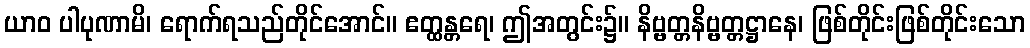
ယာဝ ပါပုဏာမိ၊ ရောက်ရသည်တိုင်အောင်။ ဧတ္ထန္တရေ၊ ဤအတွင်း၌။ နိဗ္ဗတ္တနိဗ္ဗတ္တဋ္ဌာနေ၊ ဖြစ်တိုင်းဖြစ်တိုင်းသော